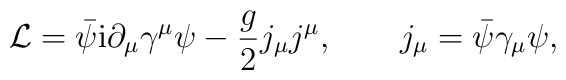
{\cal L}= \bar\psi{\rm i} \partial_\mu \gamma^\mu \psi  -  \frac{g}{2} j_ \mu j^\mu, \quad \quad j_\mu = \bar\psi\gamma_\mu\psi,